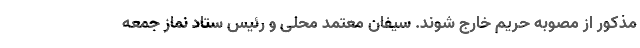
مذکور از مصوبه حریم خارج شوند. سیفان معتمد محلی و رئیس ستاد نماز جمعه